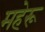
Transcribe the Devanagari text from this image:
महेरू